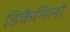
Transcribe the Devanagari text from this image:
डिकैमिलो